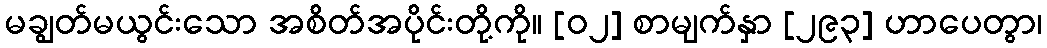
မချွတ်မယွင်းသော အစိတ်အပိုင်းတို့ကို။ [၀၂] စာမျက်နှာ [၂၉၃] ဟာပေတွာ၊